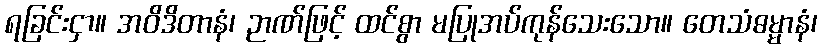
ရခြင်းငှာ။ အဝိဒိတာနံ၊ ဉာဏ်ဖြင့် ထင်စွာ မပြုအပ်ကုန်သေးသော။ တေသံဓမ္မာနံ၊